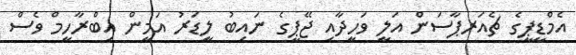
އެމްޑީޕީގެ ޗެއަރޕާސަން އަލީ ވަހީދާއި ޖޭޕީގެ ނައިބު ލީޑަރު އަމީން އިބްރާހީމް ވެސް